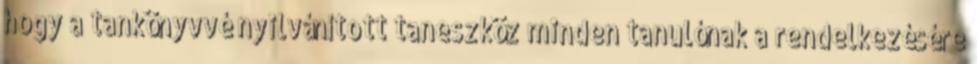
hogy a tankönyvvé nyilvánított taneszköz minden tanulónak a rendelkezésére